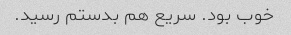
خوب بود. سریع هم بدستم رسید. ‌